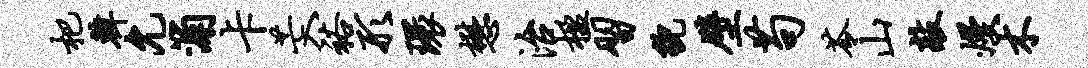
杷韩允浦卡芒入裕形环懋治楹习貌壁苟苓山敲熳木